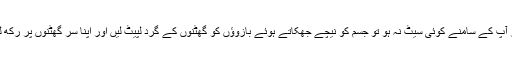
اگر آپ کے سامنے کوئی سیٹ نہ ہو تو جسم کو نیچے جھکاتے ہوئے بازوﺅں کو گھٹنوں کے گرد لپیٹ لیں اور اپنا سر گھٹنوں پر رکھ لیں۔